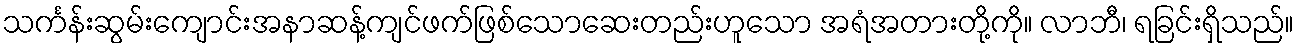
သင်္ကန်းဆွမ်းကျောင်းအနာဆန့်ကျင်ဖက်ဖြစ်သောဆေးတည်းဟူသော အရံအတားတို့ကို။ လာဘီ၊ ရခြင်းရှိသည်။